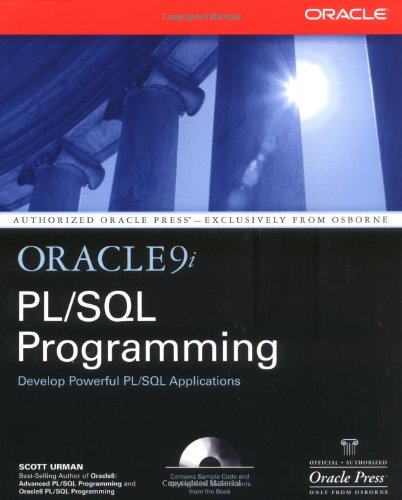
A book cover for Oracle9i PL/SQL Programming (Osborne ORACLE Press Series); Scott Urman; Computers & Technology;